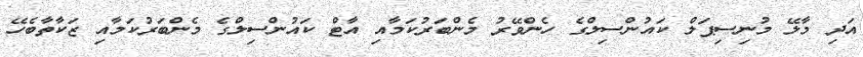
އަދި މާލޭ މުނިސިޕަލް ކައުންސިލްގެ ހެންވޭރު މެންބަރުކަމާއި އާޓް ކައުންސިލްގެ މެންބަރުކަމާއި ޒަކާތާބެހޭ